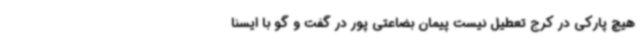
هیچ پارکی در کرج تعطیل نیست پیمان بضاعتی پور در گفت و گو با ایسنا